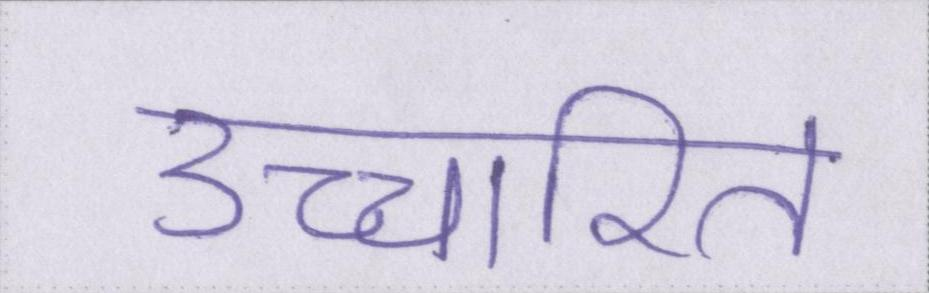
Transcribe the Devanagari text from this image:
उच्चारित